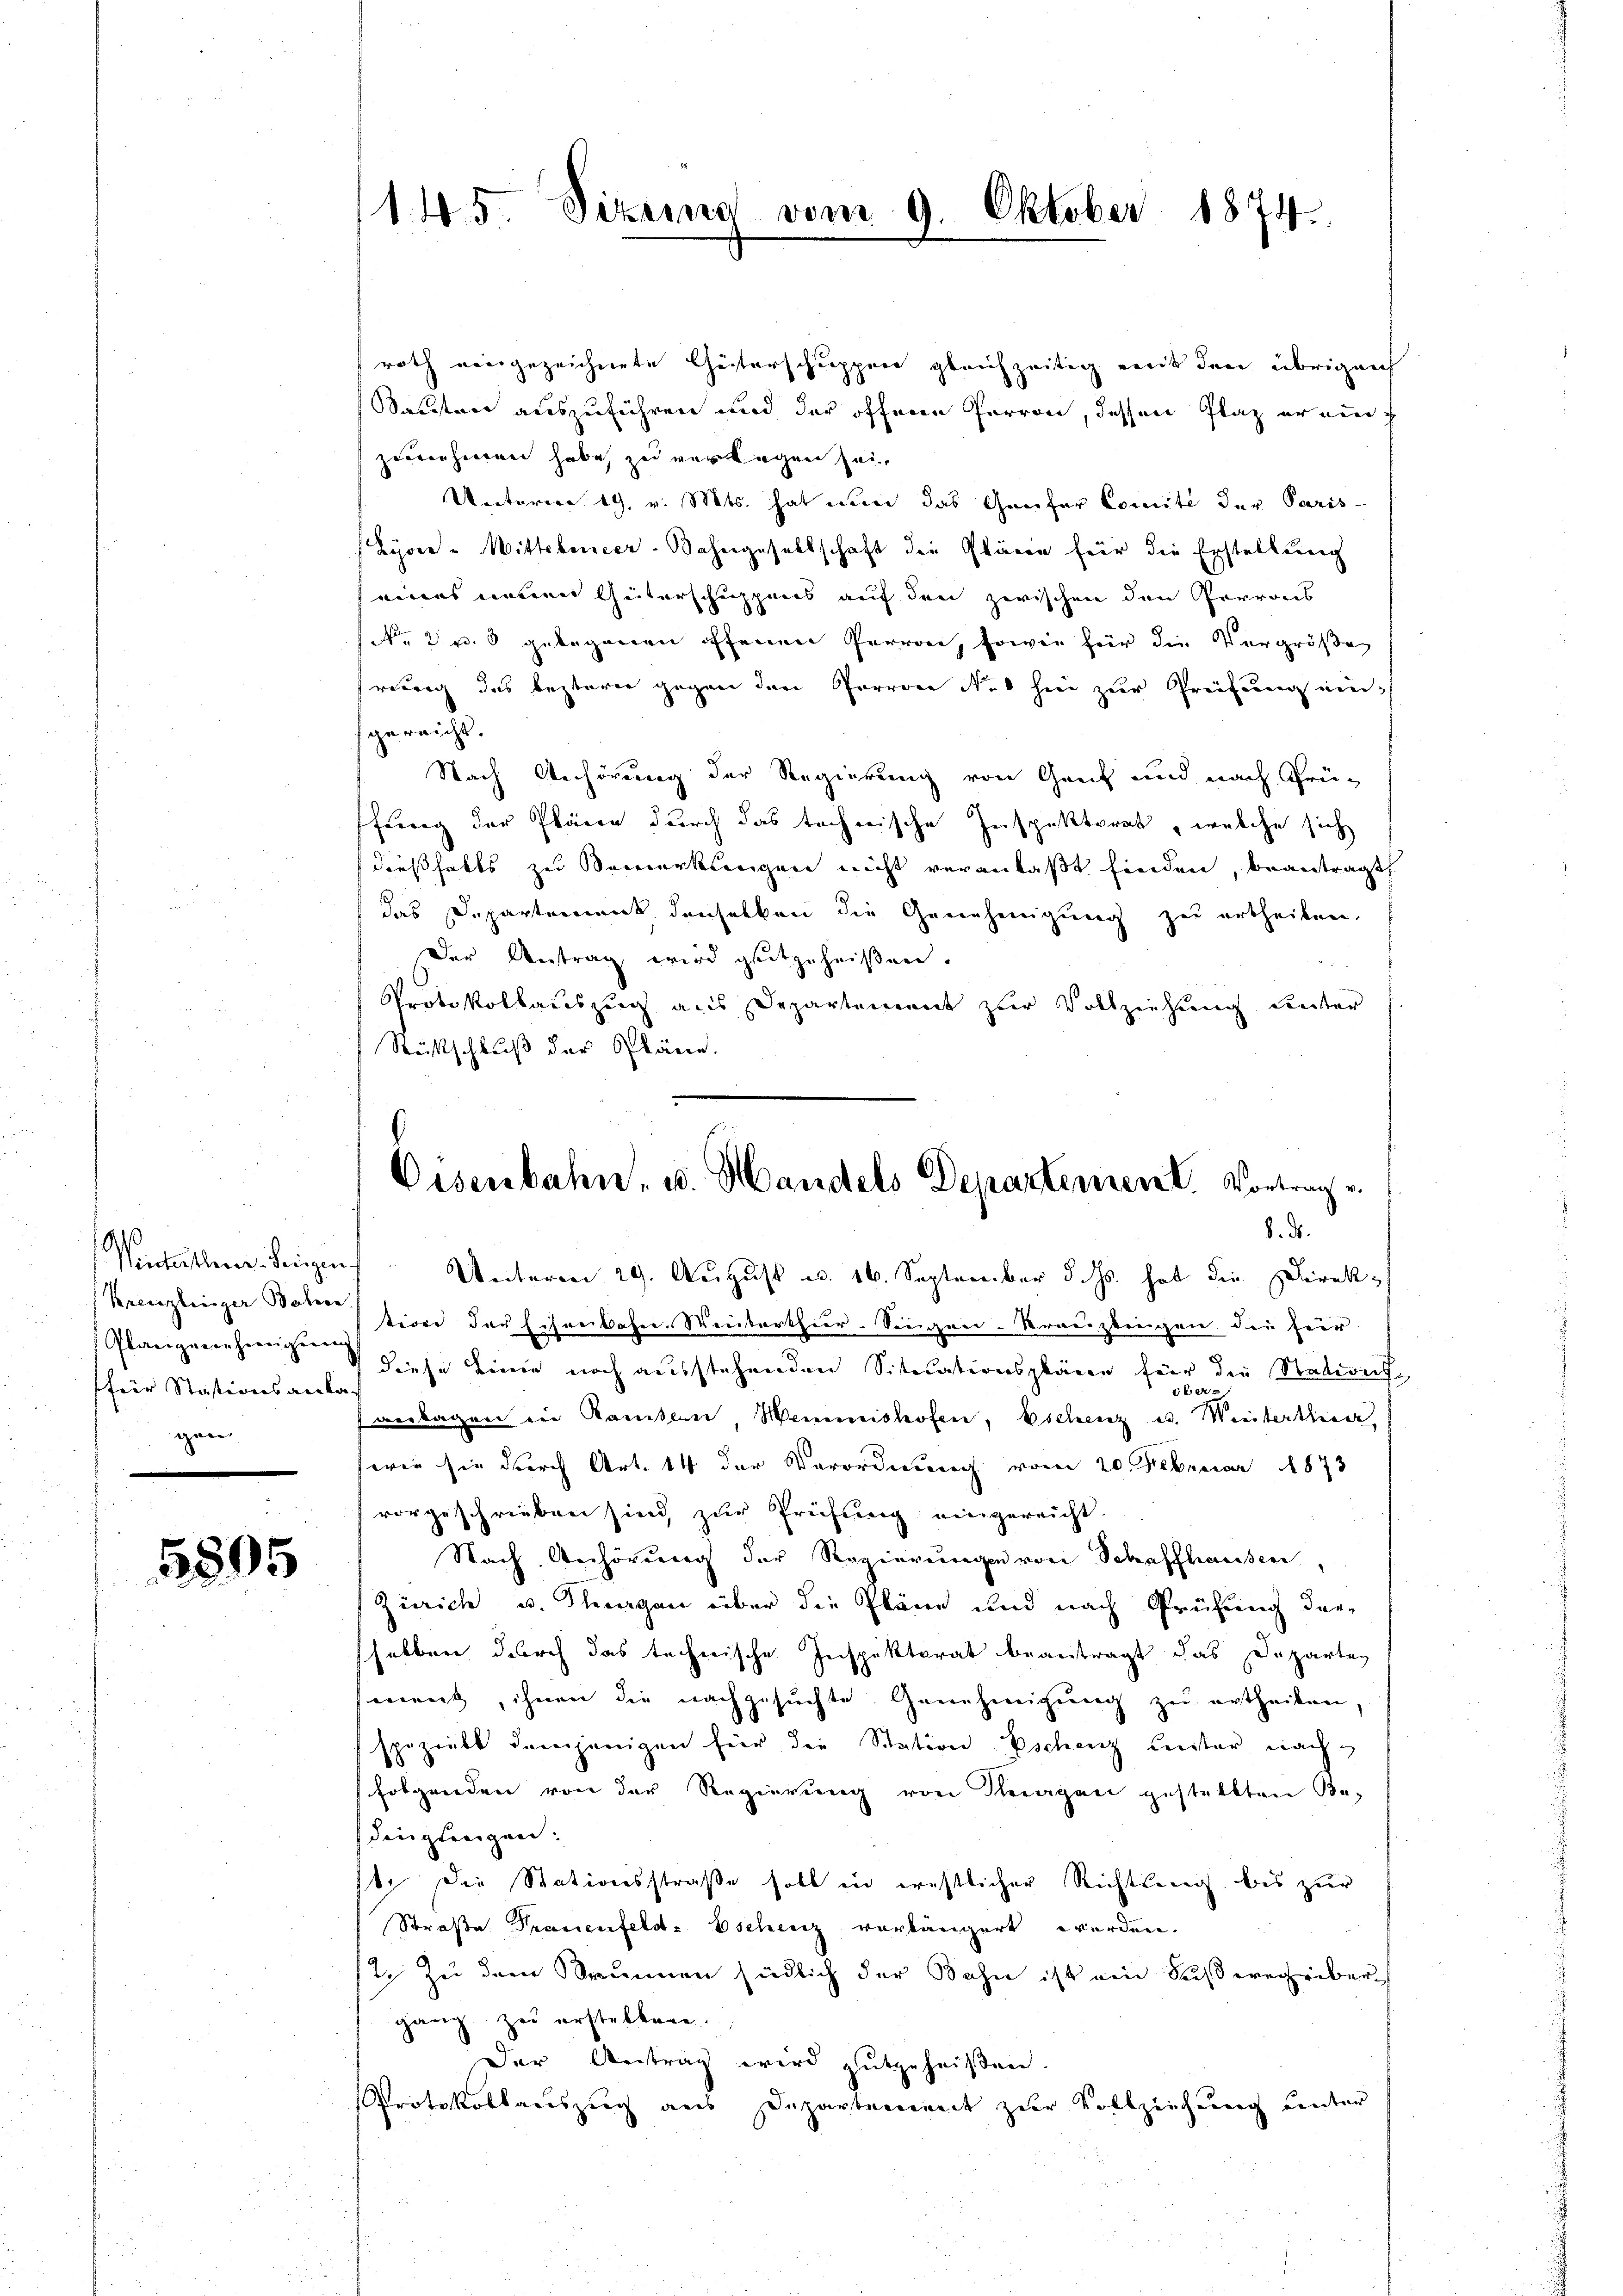
a
Wintertherer Seegen
Kreuzlinger Bohne
Glanzuneherigeng
für Stationsanlagen

5805

roth eingezeichnete Heiterschuppen gleichzeitig mit den übrigenf
Sauten auszuführen und der öffenen Perron, dessen Plaz er nich
zunehmen habe, zu verlegen sei,
Unterm 19. v. Mts. hat nun das Genfer Comité der Paris
Lyon - Mittelmeer-Bahngesellschaft die Plänen für die Erstellung
eines neuen Geiterschuppens auf den zwischen den Perrors
(Nr. 2 p. 3 gelegenen offenen Perron, sowie für die Vergrößen
rebrig das bestaren gegen den Parrene Nie hier zur Preisen niefgereicht.
Nach Anhörung der Regierung von Greif und nach Grüffung der Plären durch das technische Inspektorat, welche sich
dießfalls zu Vermerkungen nicht veranlaßt finden, beantragt
das Departement denselben die Genehmigung zu ertheilen,
Der Antrag wird gutgeheißen.
Protokollauszug aus Departement zur Vollziehung unter
Rückschluß der Pläne.

145. Sizung vom 9. Oktober 1874.

Eisenbahn, u. Handels Departement. Vortrag v.
8. d.

Unterm 29. August u. 16. September d. Js. hat die Direktiver der Eisenbahn. Weiterthier. Siegen-Kreuzlingen der Feur-
diese Linie noch ausstehenden Situationsplänen für die Stationsvertagen in Kanton Meimishofen, Eschenz u. Weiterthur,
(wie sie durch Art. 14 der Verordnung vom 20. Februar 1873
vorgeschrieben sind, zur Prüfung eingereicht
Nach Anhörung der Regierungen von Schaffhausen,
Zürich u. Thurgau über die Pläne und nach Prüfung der
halben durch das technische Inspektorat beantragt das Departen
ment, ihnen die nachgesuchte Genehmigung zu ertheilen,
spezielt demjenigen hier die Station Eschenz Leiter nachfolgenden von der Regierung von Keragen gestellten Be-
dies geeigen.
b. Die Stationsstraße soll in ernstlicher Richtung, bis zur
Straße Trauenfeld-Eschenz vorlängert werden.
2. Zu dem Brunnen südlich der Bahn ist ein Fußwegeber
gang zu erstellen.
Der Vertrag wird gutgeheißen.
Protokollauszug aus Departement zur Vollziehung unter